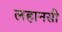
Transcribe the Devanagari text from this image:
लहानसी